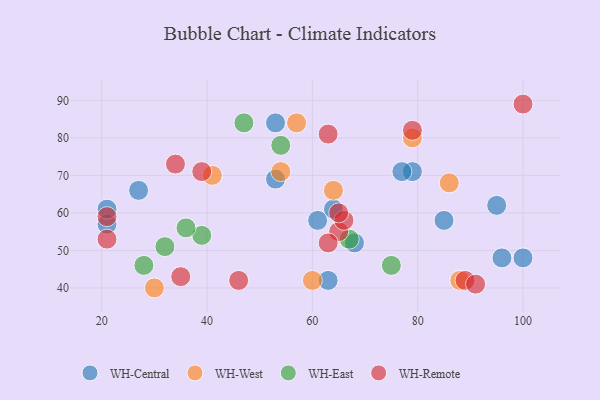
{"axis": {"x": "GDP", "y": "Life Expectancy"}, "legend": ["WH-Central", "WH-East", "WH-Remote", "WH-West"], "data": [{"x": "21", "y": 57, "type": "WH-Central"}, {"x": "27", "y": 66, "type": "WH-Central"}, {"x": "100", "y": 48, "type": "WH-Central"}, {"x": "79", "y": 71, "type": "WH-Central"}, {"x": "95", "y": 62, "type": "WH-Central"}, {"x": "68", "y": 52, "type": "WH-Central"}, {"x": "96", "y": 48, "type": "WH-Central"}, {"x": "63", "y": 42, "type": "WH-Central"}, {"x": "53", "y": 84, "type": "WH-Central"}, {"x": "77", "y": 71, "type": "WH-Central"}, {"x": "64", "y": 61, "type": "WH-Central"}, {"x": "53", "y": 69, "type": "WH-Central"}, {"x": "85", "y": 58, "type": "WH-Central"}, {"x": "61", "y": 58, "type": "WH-Central"}, {"x": "21", "y": 61, "type": "WH-Central"}, {"x": "57", "y": 84, "type": "WH-West"}, {"x": "41", "y": 70, "type": "WH-West"}, {"x": "30", "y": 40, "type": "WH-West"}, {"x": "54", "y": 71, "type": "WH-West"}, {"x": "86", "y": 68, "type": "WH-West"}, {"x": "60", "y": 42, "type": "WH-West"}, {"x": "88", "y": 42, "type": "WH-West"}, {"x": "64", "y": 66, "type": "WH-West"}, {"x": "79", "y": 80, "type": "WH-West"}, {"x": "75", "y": 46, "type": "WH-East"}, {"x": "54", "y": 78, "type": "WH-East"}, {"x": "39", "y": 54, "type": "WH-East"}, {"x": "47", "y": 84, "type": "WH-East"}, {"x": "67", "y": 53, "type": "WH-East"}, {"x": "28", "y": 46, "type": "WH-East"}, {"x": "32", "y": 51, "type": "WH-East"}, {"x": "36", "y": 56, "type": "WH-East"}, {"x": "39", "y": 71, "type": "WH-Remote"}, {"x": "79", "y": 82, "type": "WH-Remote"}, {"x": "35", "y": 43, "type": "WH-Remote"}, {"x": "65", "y": 55, "type": "WH-Remote"}, {"x": "46", "y": 42, "type": "WH-Remote"}, {"x": "66", "y": 58, "type": "WH-Remote"}, {"x": "34", "y": 73, "type": "WH-Remote"}, {"x": "100", "y": 89, "type": "WH-Remote"}, {"x": "65", "y": 60, "type": "WH-Remote"}, {"x": "89", "y": 42, "type": "WH-Remote"}, {"x": "63", "y": 52, "type": "WH-Remote"}, {"x": "91", "y": 41, "type": "WH-Remote"}, {"x": "21", "y": 59, "type": "WH-Remote"}, {"x": "21", "y": 53, "type": "WH-Remote"}, {"x": "63", "y": 81, "type": "WH-Remote"}]}